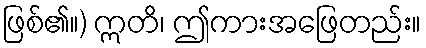
ဖြစ်၏။) ဣတိ၊ ဤကားအဖြေတည်း။